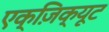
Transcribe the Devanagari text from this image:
एक्ज़िक्यूट